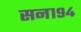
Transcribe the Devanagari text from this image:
सन१९४